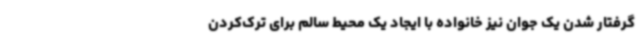
گرفتار شدن یک جوان نیز خانواده با ایجاد یک محیط سالم برای ترک‌کردن